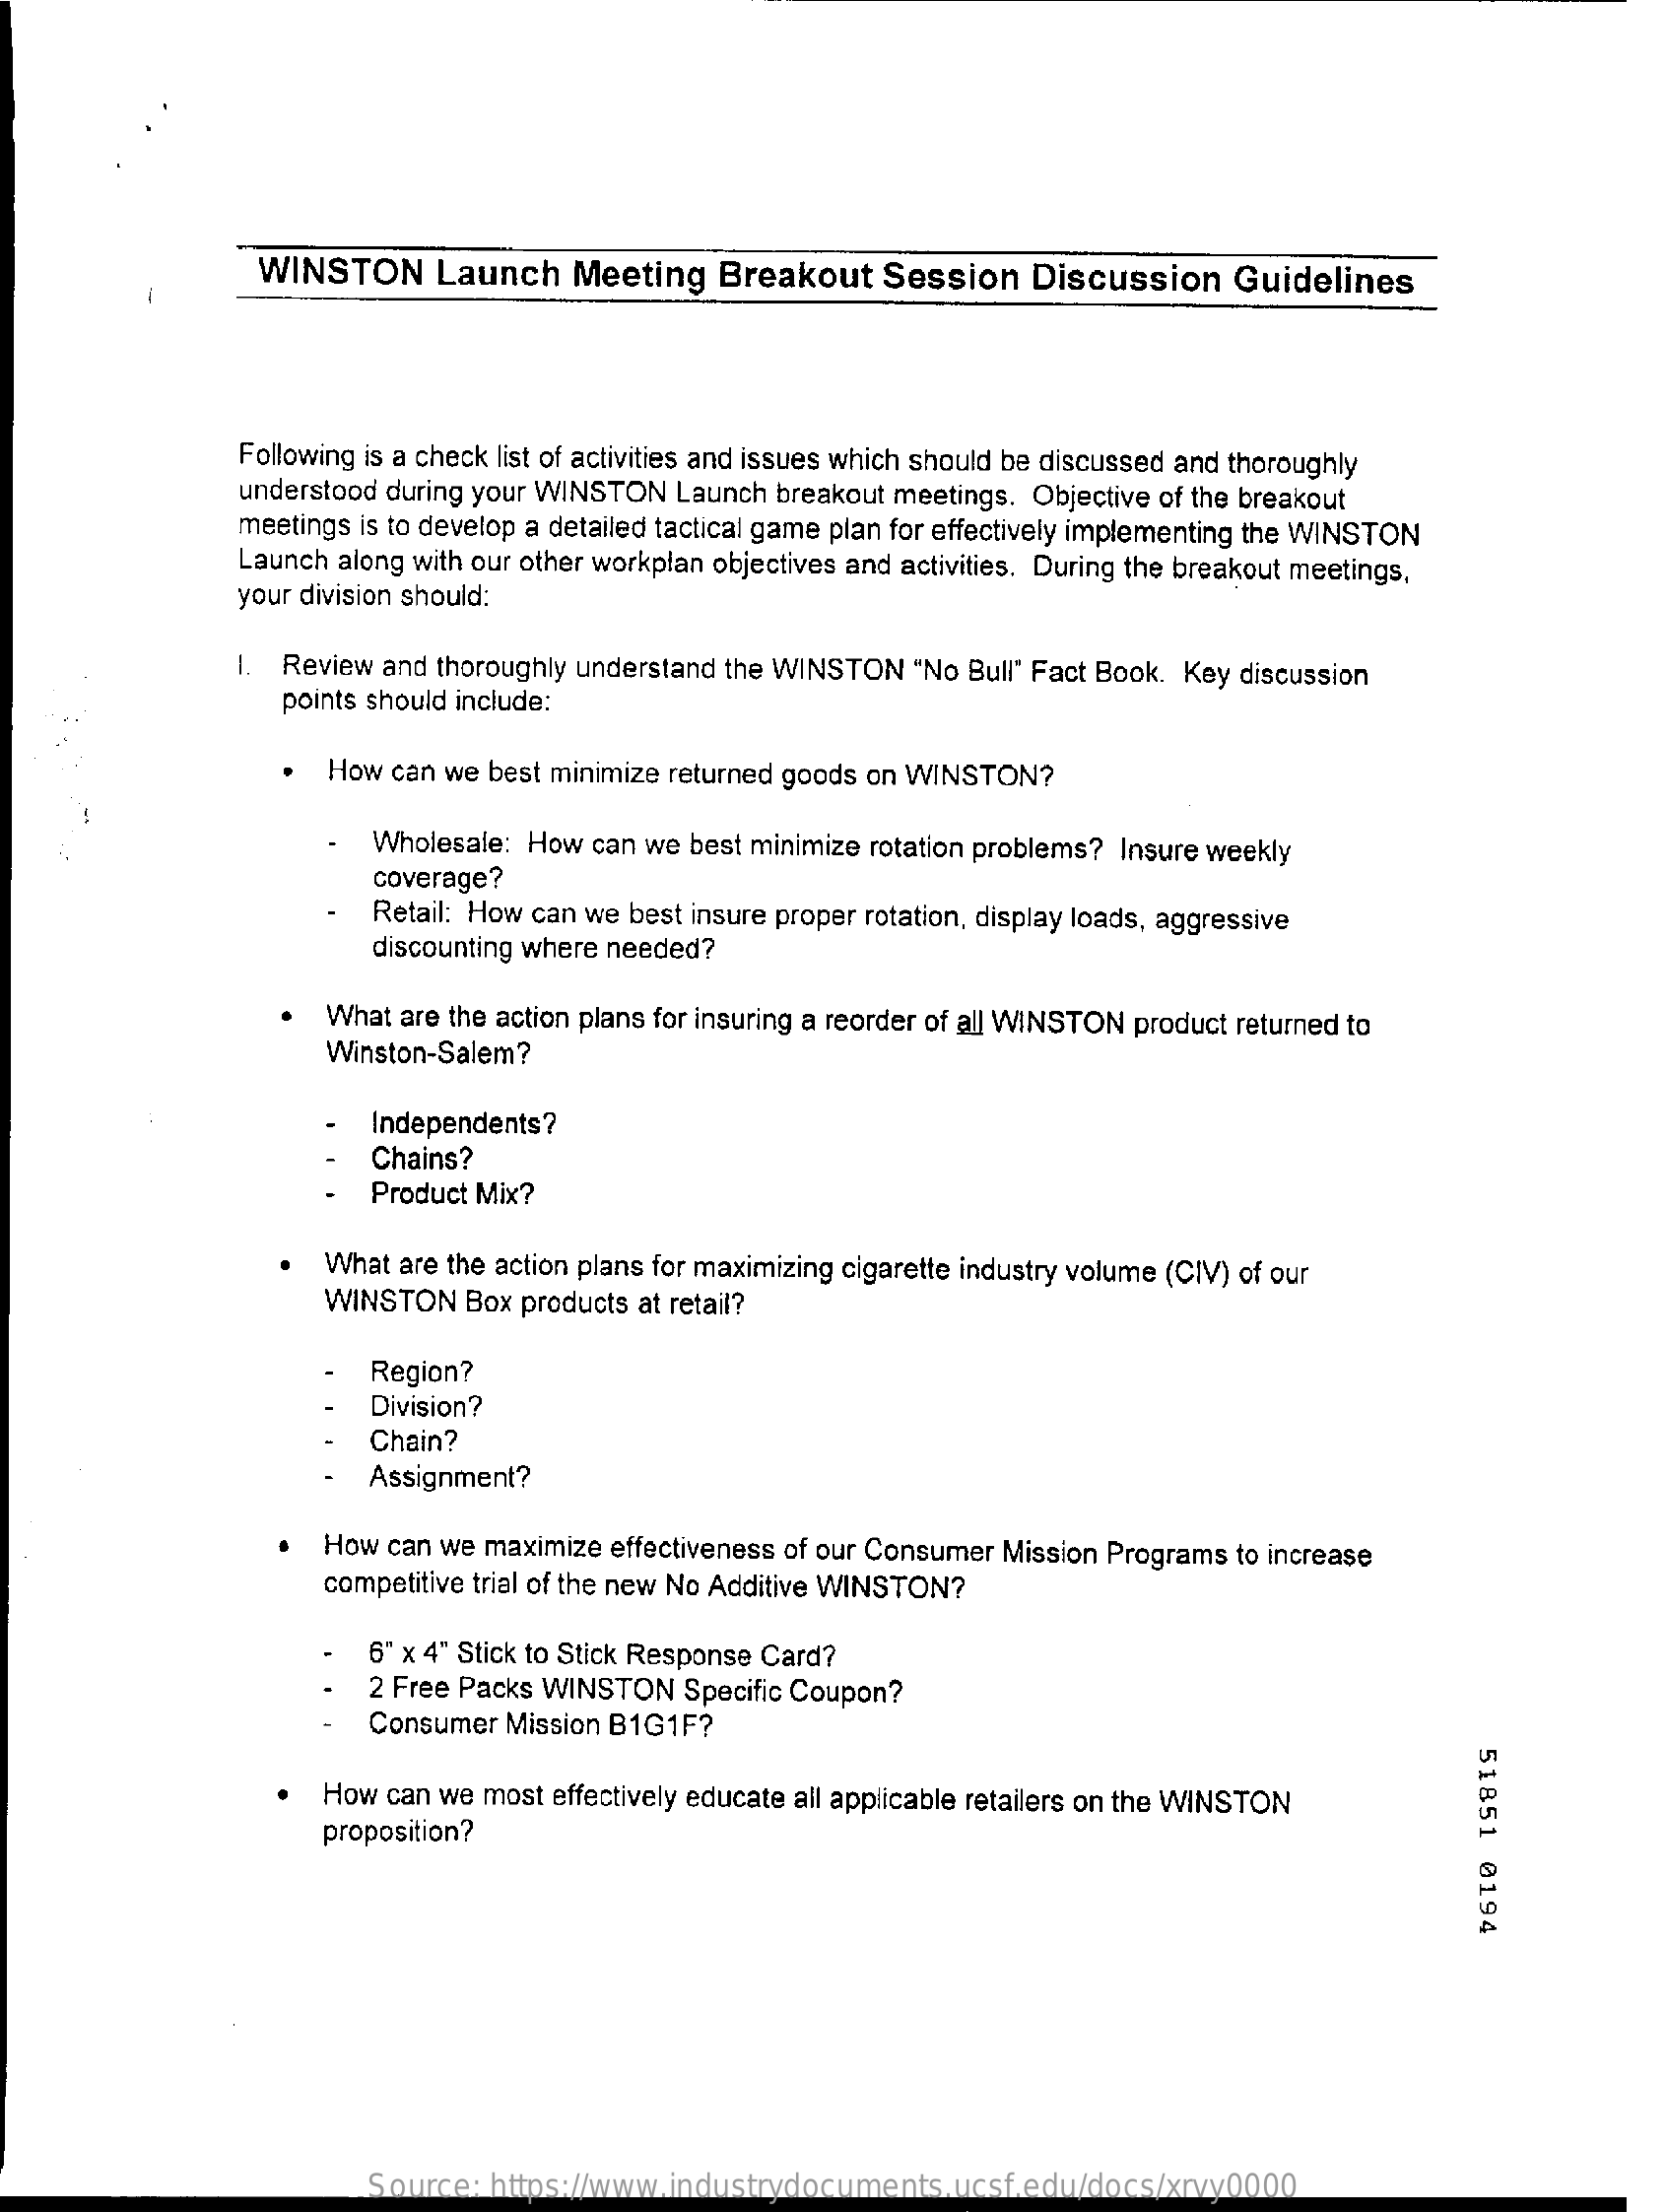
WINSTON    Launch   Meeting   Breakout    Session   Discussion    Guidelines
     Following is a check list of activities and issues which should be discussed and thoroughly
     understood during your WINSTON Launch breakout meetings. Objective of the breakout
     meetings is to develop a detailed tactical game plan for effectively implementing the WINSTON
     Launch along with our other workplan objectives and activities. During the breakout meetings,
     your division should:
     1. Review and thoroughly understand the WINSTON "No Bull" Fact Book. Key discussion
     points should include:
     How can we best minimize returned goods on WINSTON?
     Wholesale: How can we best minimize rotation problems? Insure weekly
     coverage?
     Retail: How can we best insure proper rotation, display loads, aggressive
     discounting where needed?
     What are the action plans for insuring a reorder of all WINSTON product returned to
     Winston-Salem?
     Independents?
     Chains?
     Product Mix?
     What are the action plans for maximizing cigarette industry volume (CIV) of our
     WINSTON  Box products at retail?
     Region?
     Division?
     Chain?
     Assignment?
     How can we maximize effectiveness of our Consumer Mission Programs to increase
     competitive trial of the new No Additive WINSTON?
     6" x 4" Stick to Stick Response Card?
     2 Free Packs WINSTON Specific Coupon?
     Consumer Mission B1G1F?
     51851
     0194
     How  can we most effectively educate all applicable retailers on the WINSTON
     proposition?
     Source: https://www.industrydocuments.ucsf.edu/docs/xrvy0000